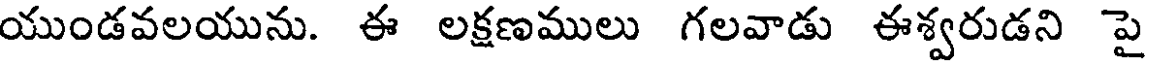
యుండవలయును. ఈ లక్షణములు గలవాడు ఈశ్వరుడని పై